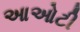
આઓટી